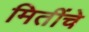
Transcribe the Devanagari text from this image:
मितींचे